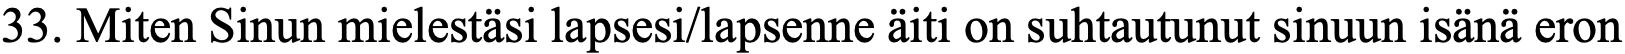
33. Miten Sinun mielestäsi lapsesi/lapsenne äiti on suhtautunut sinuun isänä eron